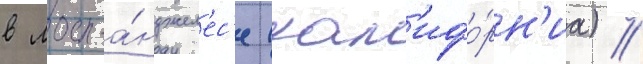
в лос-а́нджел'ес'е (кал'ифо́рн'иа) //